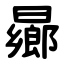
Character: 曏